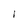
Character: I